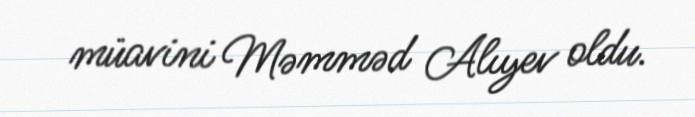
müavini Məmməd Alıyev oldu.